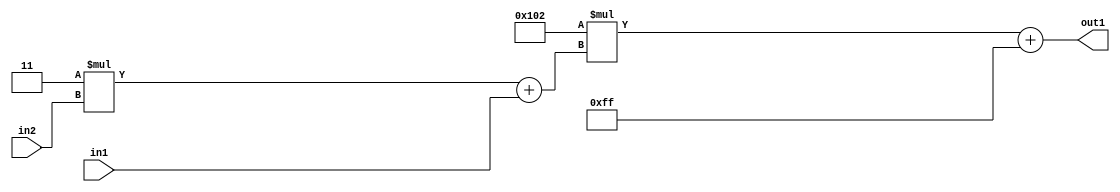
`timescale 1ps / 1ps
/*****************************************************************************
    Verilog RTL Description
    
    
    Created by: Stratus DpOpt 2019.1.01 
*******************************************************************************/

module DC_Filter_Add2i255Mul2i258Add2u1Mul2i3u2_4 (
	in2,
	in1,
	out1
	); /* architecture "behavioural" */ 
input [1:0] in2;
input  in1;
output [11:0] out1;
wire [11:0] asc001;
wire [3:0] asc002;

wire [3:0] asc002_tmp_0;
assign asc002_tmp_0 = 
	+(4'B0011 * in2);
assign asc002 = asc002_tmp_0
	+(in1);

wire [11:0] asc001_tmp_1;
assign asc001_tmp_1 = 
	+(12'B000100000010 * asc002);
assign asc001 = asc001_tmp_1
	+(12'B000011111111);

assign out1 = asc001;
endmodule

/* CADENCE  v7X4SQ0= : u9/ySgnWtBlWxVPRXgAZ4Og= ** DO NOT EDIT THIS LINE ******/